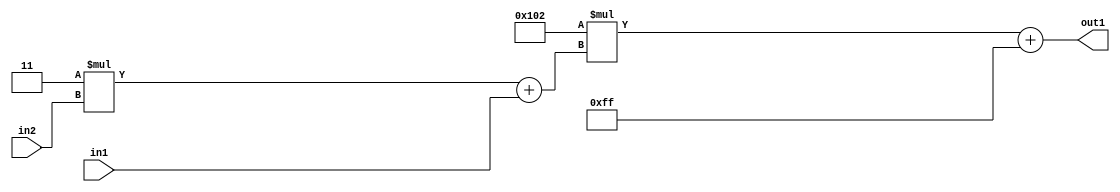
`timescale 1ps / 1ps
/*****************************************************************************
    Verilog RTL Description
    
    
    Created by: Stratus DpOpt 2019.1.01 
*******************************************************************************/

module DC_Filter_Add2i255Mul2i258Add2u1Mul2i3u2_4 (
	in2,
	in1,
	out1
	); /* architecture "behavioural" */ 
input [1:0] in2;
input  in1;
output [11:0] out1;
wire [11:0] asc001;
wire [3:0] asc002;

wire [3:0] asc002_tmp_0;
assign asc002_tmp_0 = 
	+(4'B0011 * in2);
assign asc002 = asc002_tmp_0
	+(in1);

wire [11:0] asc001_tmp_1;
assign asc001_tmp_1 = 
	+(12'B000100000010 * asc002);
assign asc001 = asc001_tmp_1
	+(12'B000011111111);

assign out1 = asc001;
endmodule

/* CADENCE  v7X4SQ0= : u9/ySgnWtBlWxVPRXgAZ4Og= ** DO NOT EDIT THIS LINE ******/